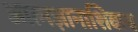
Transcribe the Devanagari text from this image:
आत्मज्ञानाशिवाय